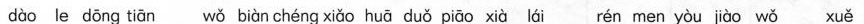
dào le dōng tiān wǒ biàn chéng xiǎo huā duǒ piāo xià lái rén men yòu jiào wǒ xuě